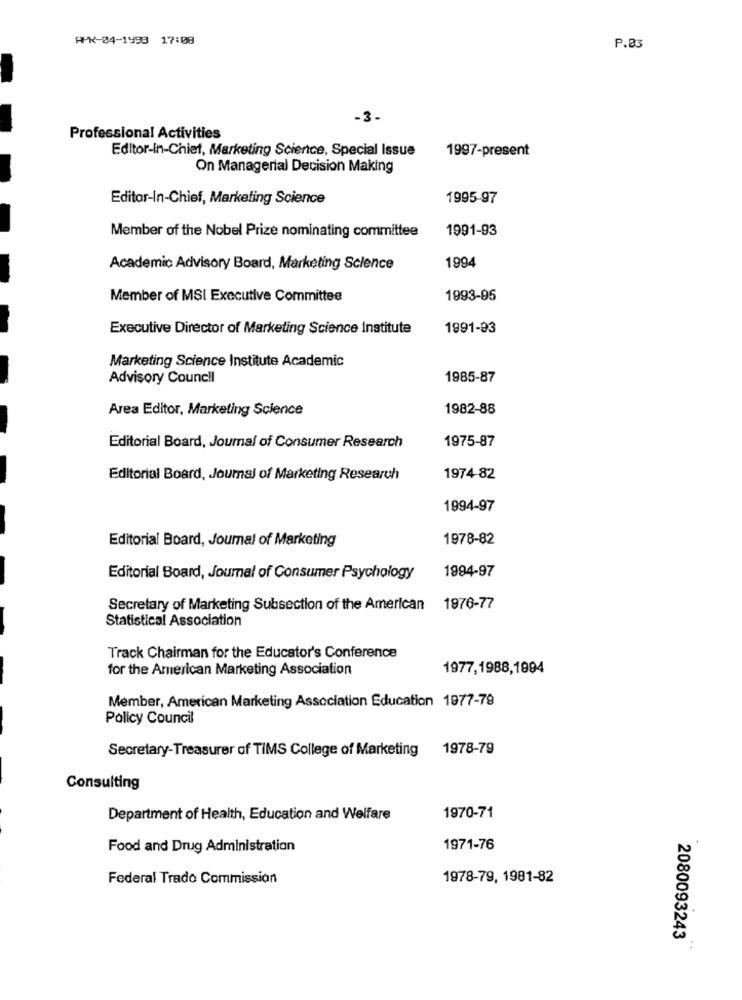
HPK-04-1998 17:08
P.83
-3-
Professional Activities
Editor-in-Chief, Marketing Science, Special Issue
1997-present
On Managerial Decision Making
Editor-In-Chief, Marketing Science
1995-97
Member of the Nobel Prize nominating committee
1991-93
Academic Advisory Board, Marketing Science
1994
Member of MSI Executive Committee
1993-95
Executive Director of Marketing Science Institute
1991-93
Marketing Science Institute Academic
Advisory Council
1985-87
Area Editor, Marketing Science
1982-88
1975-87
Editorial Board, Joumal of Consumer Research
Editorial Board, Journal of Marketing Research
1974-82
1994-97
Editorial Board, Journal of Marketing
1978-82
Editorial Board, Journal of Consumer Psychology
1994-97
Secretary of Marketing Subsection of the American 1976-77
Statistical Association
Track Chairman for the Educator's Conference
for the American Marketing Association
1977,1988,1994
Member, American Marketing Association Education 1977-79
Policy Council
Secretary-Treasurer of TIMS College of Marketing
1978-79
Consulting
Department of Health, Education and Welfare
1970-71
Food and Drug Administration
1971-76
Federal Trado Commission
1978-79, 1981-82
2080093243